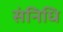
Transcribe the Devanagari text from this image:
संनिधि